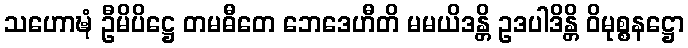
သဟောဍ္ဎံ ဦမိပိဋ္ဌေ တမဓီတေ ဘေဒေဟီတိ မမယိဒန္တိ ဥဒပါဒိန္တိ ဝိမုစ္စနဋ္ဌော